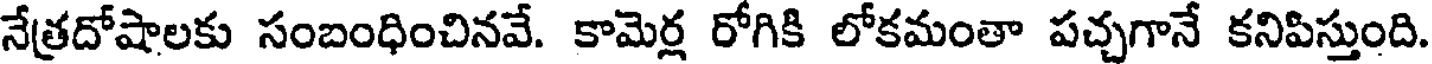
నేత్రదోషాలకు సంబంధించినవే. కామెర్ల రోగికి లోకమంతా పచ్చగానే కనిపిస్తుంది.